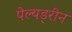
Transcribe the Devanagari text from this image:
पेल्यड्रीन